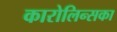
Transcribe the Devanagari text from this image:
कारोलिन्सका